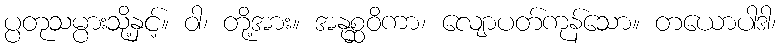
ပ္ပတုသမ္ပားသို့နှင့်။ ဝါ၊ တို့အား။ အနုစ္ဆဝိကာ၊ လျောပတ်ကုန်သော။ တယောပါဒါ၊